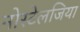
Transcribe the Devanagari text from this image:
नोस्‍टेलजिया